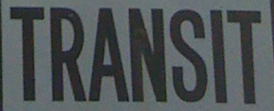
TRANSIT